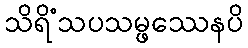
သိရိံသပသမ္ဖဿေနပိ